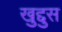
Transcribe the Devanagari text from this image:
खुद्दुस